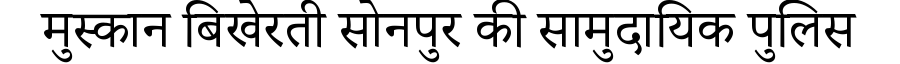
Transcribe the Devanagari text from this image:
मुस्कान बिखेरती सोनपुर की सामुदायिक पुलिस